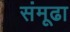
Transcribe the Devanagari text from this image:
संमूढा